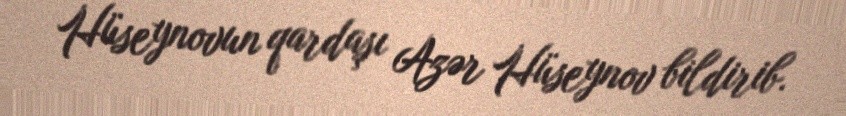
Hüseynovun qardaşı Azər Hüseynov bildirib.